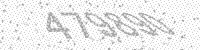
Solution: 479890